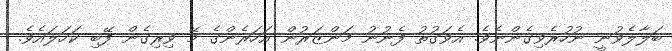
ބަލާލެވުނީ ނުހުރެވިގެންނެވެ. އެވަގުތު ފެނުނު މަންޒަރުން އަހަރެންގެ މޭ ވިރިގެން ފޭބި ކަހަލައެވެ.